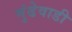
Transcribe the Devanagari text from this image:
मुंढेवाडी